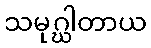
သမုဂ္ဃါတာယ